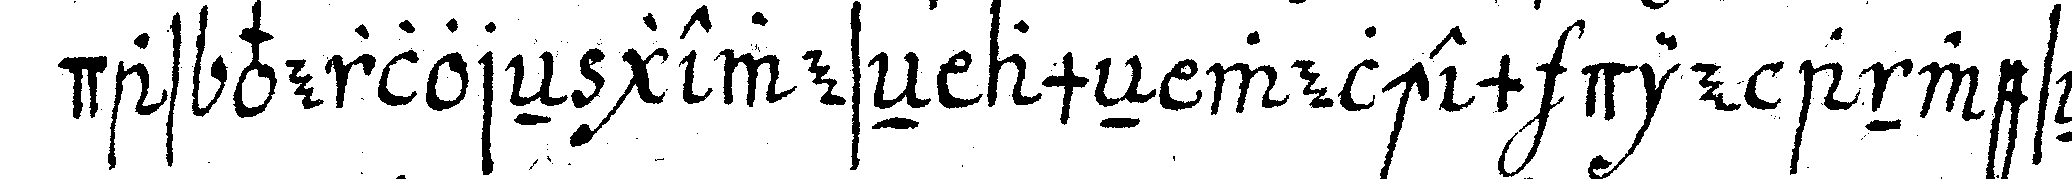
das verloreN geweseN ameN welchem die anweseN